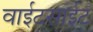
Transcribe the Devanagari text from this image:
वाईटसाईट